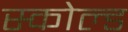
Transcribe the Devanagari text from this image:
स्कोल्ड